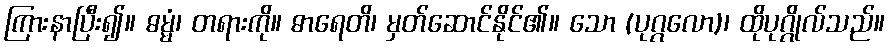
ကြားနာပြီး၍။ ဓမ္မံ၊ တရားကို။ ဓာရေတိ၊ မှတ်ဆောင်နိုင်၏။ သော (ပုဂ္ဂလော)၊ ထိုပုဂ္ဂိုလ်သည်။